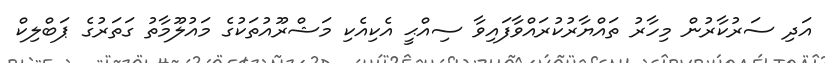
އަދި ސަރުކާރުން މިހާރު ތައްޔާރުކުރައްވާފައިވާ ސިއްޙީ އެކިއެކި މަޝްރޫއުތަކުގެ މައުލޫމާތު ގަތަރުގެ ޕަބްލިކް